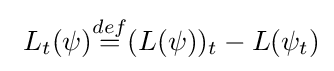
{\textstyle \ L_{t}(\psi ){\overset {def}{=}}(L(\psi ))_{t}-L(\psi _{t})}